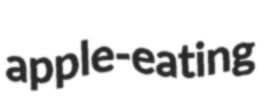
apple-eating